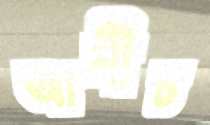
আনীচ